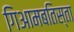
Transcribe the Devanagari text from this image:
गिआमबतिस्ता